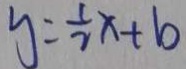
y = \frac { 1 } { 2 } x + b